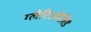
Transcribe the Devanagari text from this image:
ग्लेरिओलिडे